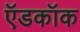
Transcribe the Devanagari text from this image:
ऍडकॉक